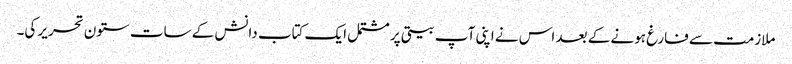
ملازمت سے فارغ ہونے کے بعد اس نے اپنی آپ بیتی پر مشتمل ایک کتاب دانش کے سات ستون تحریر کی۔